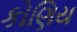
કોણિય